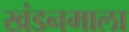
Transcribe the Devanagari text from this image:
खंडनमाला